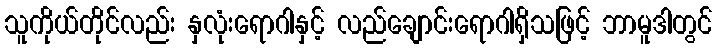
သူကိုယ်တိုင်လည်း နှလုံးရောဂါနှင့် လည်ချောင်းရောဂါရှိသဖြင့် ဘာမူဒါတွင်